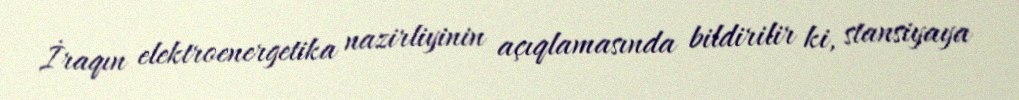
İraqın elektroenergetika nazirliyinin açıqlamasında bildirilir ki, stansiyaya